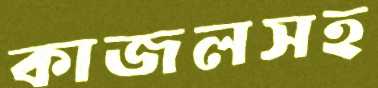
কাজলসহ